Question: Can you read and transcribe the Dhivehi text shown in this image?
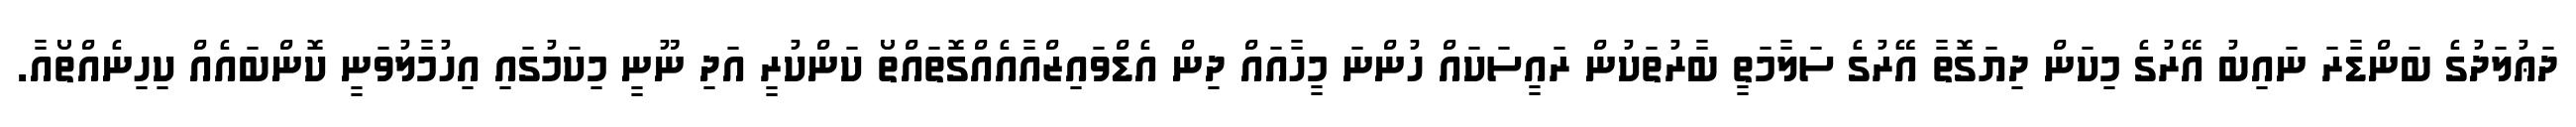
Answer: ދަޢުލަދުގެ ބަންޑާރަ ނައިބު އޭރުގެ މިކަން ދިޔަގޮތާ އޭރުގެ ސަލާމަތީ ބާރުތަކުން ރައީސަކައް ހުންނަ މީހާއައް ދިން އެޑްވައިޒްއާއެއްގޮތައްތޯ ކަންކުރީ އަދި ނޫނީ މިކަމުގައި އިހުމާލުވަނީ ކޮންބައެއް ކިހިނެއްތޯއާ.